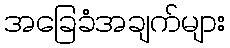
အခြေခံအချက်များ